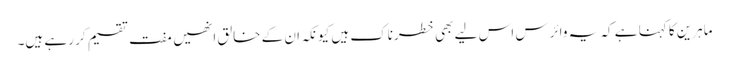
ماہرین کا کہنا ہے کہ یہ وائرس اس لیے بھی خطرناک ہیں کیونکہ ان کے خالق انھیں مفت تقسیم کر رہے ہیں۔